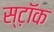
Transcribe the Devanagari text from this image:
स्ट़ॉक